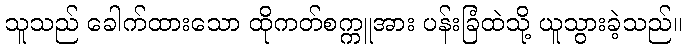
သူသည် ခေါက်ထားသော ထိုကတ်စက္ကူအား ပန်းခြံထဲသို့ ယူသွားခဲ့သည်။